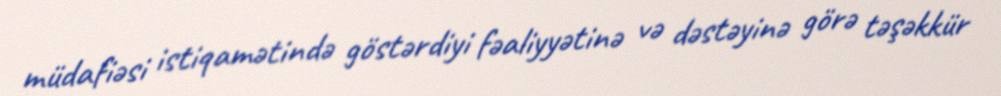
müdafiəsi istiqamətində göstərdiyi fəaliyyətinə və dəstəyinə görə təşəkkür